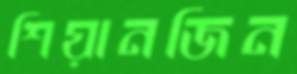
শিয়ানজিন